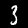
Digit: 3